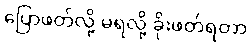
ပြောဖတ်လို့ မရလို့ ခိုးဖတ်ရတာ